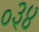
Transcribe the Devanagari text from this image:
०३४